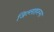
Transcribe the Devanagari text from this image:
जिल्लाहरूमा